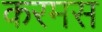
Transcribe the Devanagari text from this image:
करमस